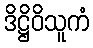
ဒိဋ္ဌိဝိသူကံ